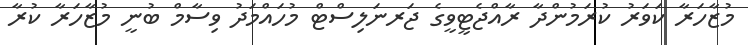
މުޒާހަރާ ކަވަރު ކުރަމުންދާ ރާއްޖެޓީވީގެ ޖަރނަލިސްޓް މުހައްމަދު ވިސާމް ބުނީ މުޒާހަރާ ކުރާ